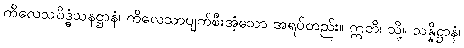
ကိလေသဝိဒ္ဓံသနဋ္ဌာနံ၊ ကိလေသာပျက်စီးအံ့သော အရပ်တည်း။ ဣတိ၊ သို့။ သန္နိဋ္ဌာနံ၊